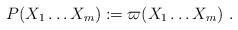
LaTeX: \begin{align*}P(X_1\dots X_m):= \varpi(X_1\dots X_m)\ .\end{align*}